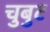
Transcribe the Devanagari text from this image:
चुबुट